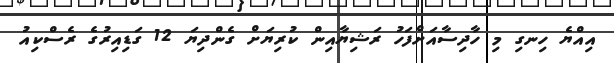
އިއްޔެ ހިނގި މި ހާދިސާއަށްފަހު ރަޝިޔާއިން ކުރިޔަށް ގެންދިޔަ 12 ގަޑިއިރުގެ ރެސްކިއު